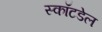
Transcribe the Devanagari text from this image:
स्कॉटडेल